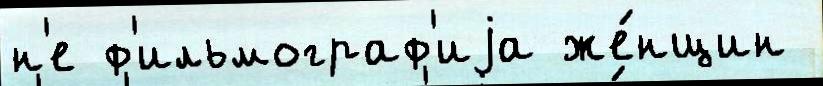
н'е ф'ильмограф'иjа же́нщин